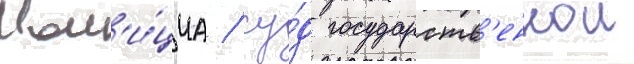
Пол'и́циа / су́д государств'еннои